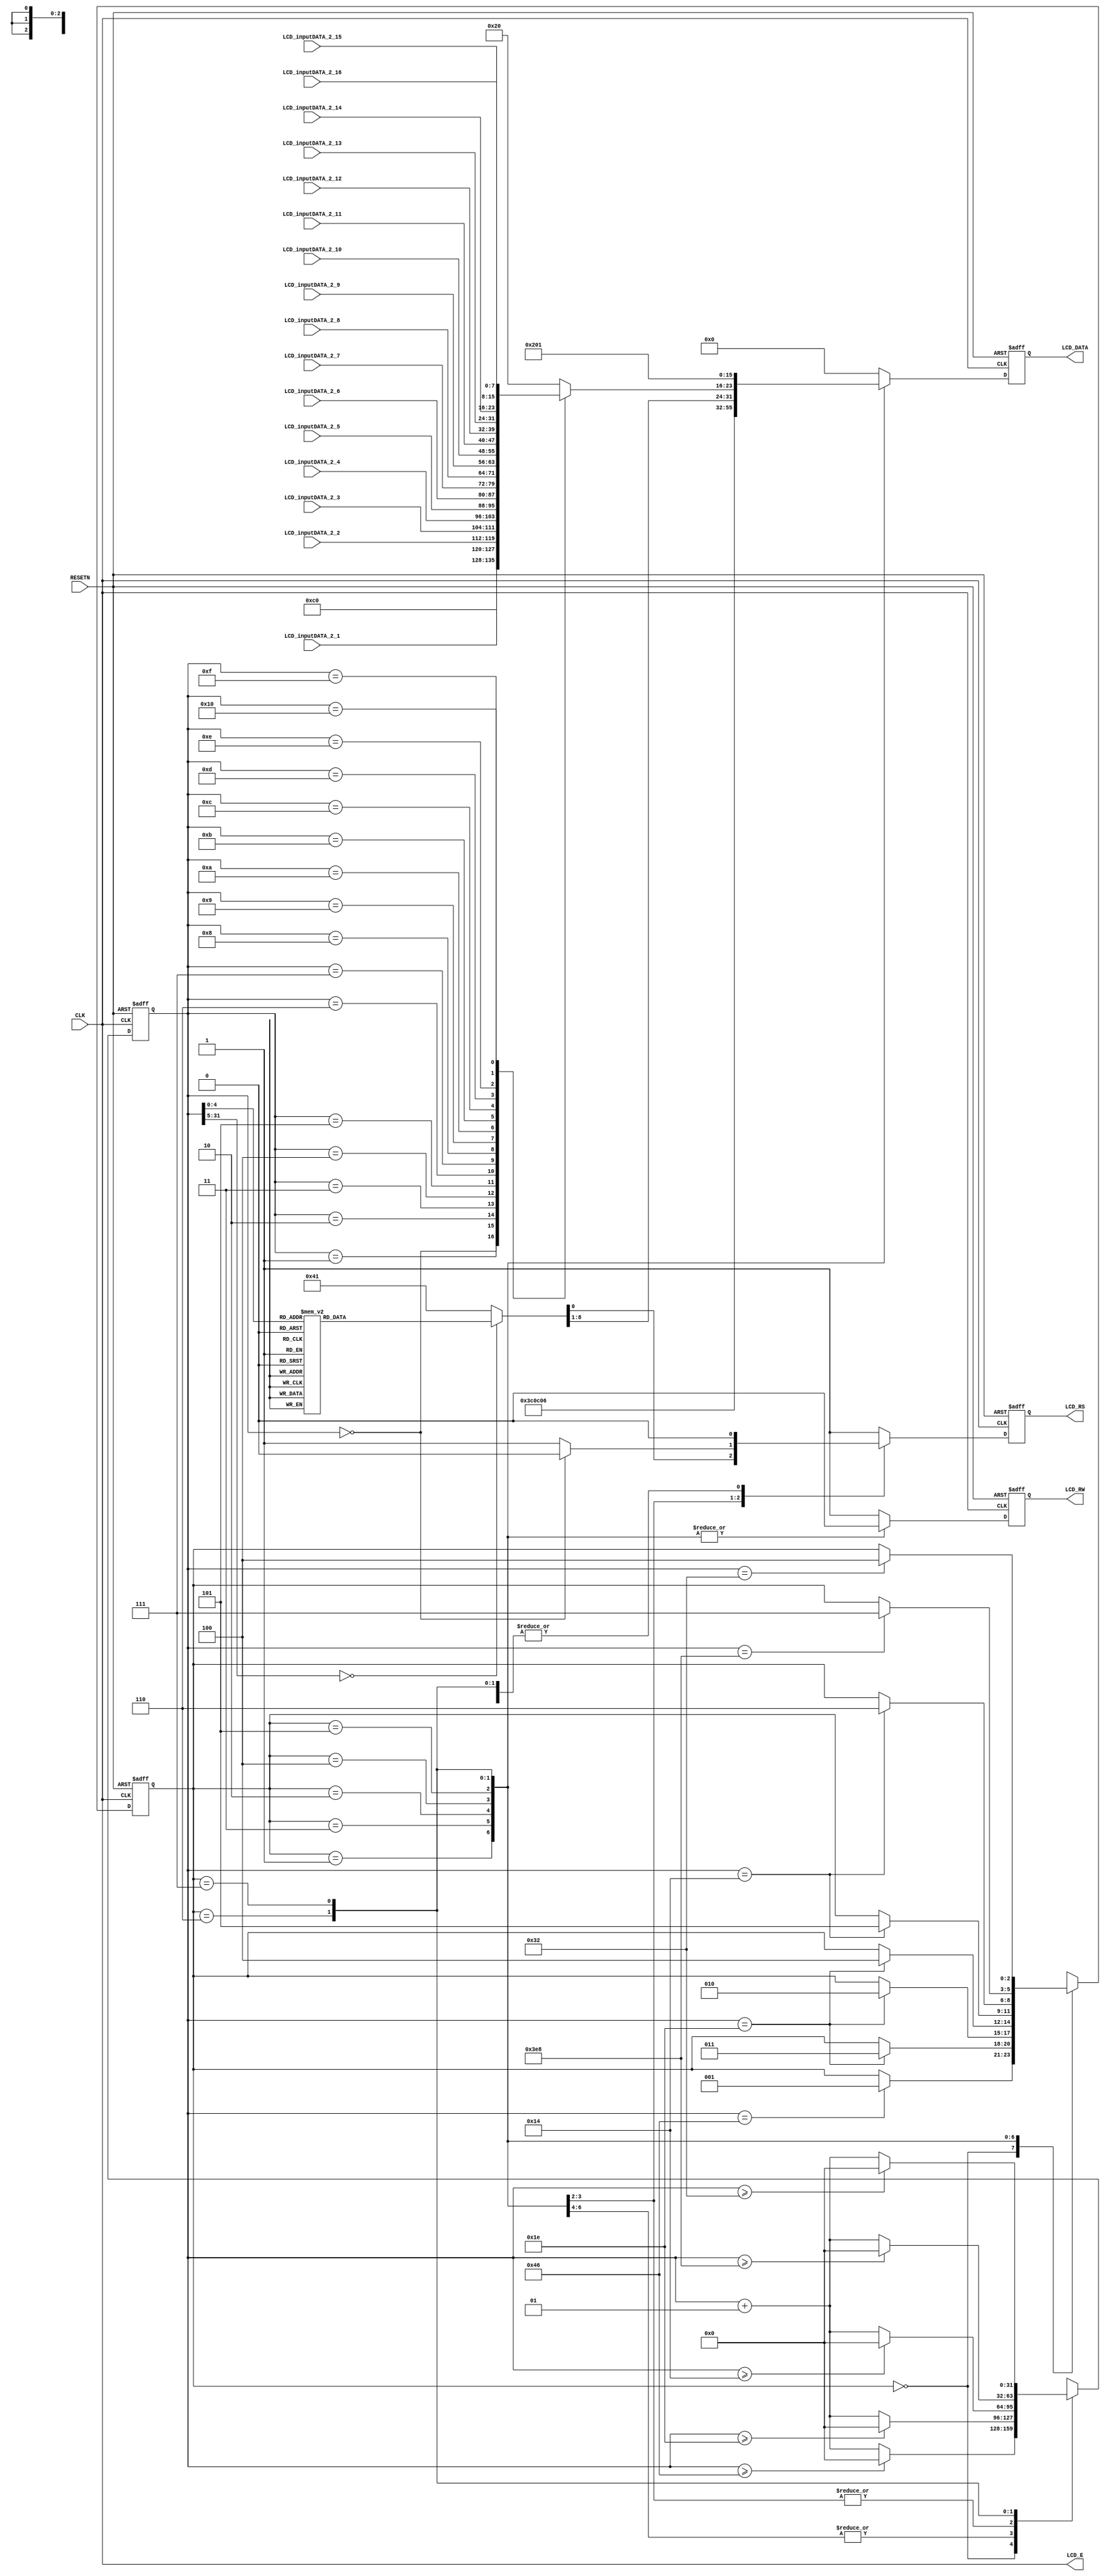
// LCD_InputKey.v

    module LCD_InputKey (
        RESETN, CLK,
        
        LCD_inputDATA_2_1,
        LCD_inputDATA_2_2,
        LCD_inputDATA_2_3,
        LCD_inputDATA_2_4,
        LCD_inputDATA_2_5,
        LCD_inputDATA_2_6,
        LCD_inputDATA_2_7,
        LCD_inputDATA_2_8,
        LCD_inputDATA_2_9,
        LCD_inputDATA_2_10,
        LCD_inputDATA_2_11,
        LCD_inputDATA_2_12,
        LCD_inputDATA_2_13,
        LCD_inputDATA_2_14,
        LCD_inputDATA_2_15,
        LCD_inputDATA_2_16,
        
        LCD_E, LCD_RS, LCD_RW, LCD_DATA );
        
    input RESETN, CLK;

    input [7:0] LCD_inputDATA_2_1;
    input [7:0] LCD_inputDATA_2_2;
    input [7:0] LCD_inputDATA_2_3;
    input [7:0] LCD_inputDATA_2_4;
    input [7:0] LCD_inputDATA_2_5;
    input [7:0] LCD_inputDATA_2_6;
    input [7:0] LCD_inputDATA_2_7;
    input [7:0] LCD_inputDATA_2_8;
    input [7:0] LCD_inputDATA_2_9;
    input [7:0] LCD_inputDATA_2_10;
    input [7:0] LCD_inputDATA_2_11;
    input [7:0] LCD_inputDATA_2_12;
    input [7:0] LCD_inputDATA_2_13;
    input [7:0] LCD_inputDATA_2_14;
    input [7:0] LCD_inputDATA_2_15;
    input [7:0] LCD_inputDATA_2_16;
    
    
    output LCD_E, LCD_RS, LCD_RW;
    output [7:0] LCD_DATA;
    
    wire LCD_E;
    reg LCD_RS, LCD_RW;
    reg [7:0] LCD_DATA;
    reg [2:0] STATE;
    parameter DELAY = 3'b000,   FUNCTION_SET = 3'b001,
        ENTRY_MODE = 3'b010,    DISP_ONOFF = 3'b011,
        LINE1 = 3'b100,         LINE2 = 3'b101,
        DELAY_T = 3'b110,       CLEAR_DISP = 3'b111;
        
    integer CNT;
    
    always @(posedge RESETN or posedge CLK)
    begin
        if (RESETN) STATE = DELAY;
        else
            begin
                case (STATE)
                    DELAY :         if (CNT == 70) STATE = FUNCTION_SET;
                    FUNCTION_SET :  if (CNT == 30) STATE = DISP_ONOFF;
                    DISP_ONOFF :    if (CNT == 30) STATE = ENTRY_MODE;
                    ENTRY_MODE :    if (CNT == 30) STATE = LINE1;
                    LINE1 :         if (CNT == 20) STATE = LINE2;
                    LINE2 :         if (CNT == 20) STATE = DELAY_T;
                    DELAY_T :       if (CNT == 1000) STATE = CLEAR_DISP;
                    CLEAR_DISP :    if (CNT == 50) STATE = LINE1;
                    default :       STATE = DELAY;
                endcase
        end
    end
        
    always @(posedge RESETN or posedge CLK)
    begin
        if (RESETN) CNT = 0;
        else
            begin
                case (STATE)
                    DELAY : if (CNT >= 70) CNT = 0;
                            else CNT = CNT + 1;
                    FUNCTION_SET :  if (CNT >= 30) CNT = 0;
                                    else CNT = CNT + 1;
                    DISP_ONOFF :    if (CNT >= 30) CNT = 0;
                                    else CNT = CNT + 1;
                    ENTRY_MODE :    if (CNT >= 30) CNT = 0;
                                    else CNT = CNT + 1;
                    LINE1 :         if (CNT >= 20) CNT = 0;
                                    else CNT = CNT + 1;
                    LINE2 :         if (CNT >= 20) CNT = 0;
                                    else CNT = CNT + 1;
                    DELAY_T :       if (CNT >= 1000) CNT = 0;
                                    else CNT = CNT + 1;
                    CLEAR_DISP :    if (CNT >= 50) CNT = 0;
                                    else CNT = CNT + 1;
                    default :       CNT = 0;
                endcase
        end
    end


    always @(posedge RESETN or posedge CLK)
    begin
        if (RESETN) begin
            LCD_RS = 1'b1;
            LCD_RW = 1'b1;
            LCD_DATA = 8'b00000000;
            end
        else begin
                case (STATE)
                    FUNCTION_SET : begin
                        LCD_RS = 1'b0; LCD_RW = 1'b0;
                        LCD_DATA = 8'b00111100;
                        end
                    DISP_ONOFF : begin
                        LCD_RS = 1'b0; LCD_RW = 1'b0;
                        LCD_DATA = 8'b00001100;
                        end
                    ENTRY_MODE : begin
                        LCD_RS = 1'b0; LCD_RW = 1'b0;
                        LCD_DATA = 8'b00000110;
                        end
                    LINE1 : begin
                        LCD_RW = 1'b0;
                        
                        case (CNT)
                            0 : begin
                                LCD_RS = 1'b0; LCD_DATA = 8'b11000000;
                                end
                            1 : begin
                                LCD_RS = 1'b1; LCD_DATA = 8'b00100000; //
                                end
                            2 : begin
                                LCD_RS = 1'b1; LCD_DATA = 8'b00100000; //
                                end
                            3 : begin
                                LCD_RS = 1'b1; LCD_DATA = 8'b00100000; //
                                end
                            4 : begin
                                LCD_RS = 1'b1; LCD_DATA = 8'b01001001; // I
                                end
                            5 : begin
                                LCD_RS = 1'b1; LCD_DATA = 8'b01001110; // N
                                end
                            6 : begin
                                LCD_RS = 1'b1; LCD_DATA = 8'b01010000; // P
                                end
                            7 : begin
                                LCD_RS = 1'b1; LCD_DATA = 8'b01010101; // U
                                end
                            8 : begin
                                LCD_RS = 1'b1; LCD_DATA = 8'b01010100; // T
                                end
                            9 : begin
                                LCD_RS = 1'b1; LCD_DATA = 8'b00100000; //
                                end
                            10 : begin
                                LCD_RS = 1'b1; LCD_DATA = 8'b01001011; // K
                                end
                            11 : begin
                                LCD_RS = 1'b1; LCD_DATA = 8'b01000101; // E
                                end
                            12 : begin
                                LCD_RS = 1'b1; LCD_DATA = 8'b01011001; // Y
                                end
                            13 : begin
                                LCD_RS = 1'b1; LCD_DATA = 8'b00100000; //
                                end
                            14 : begin
                                LCD_RS = 1'b1; LCD_DATA = 8'b00100000; //
                                end
                            15 : begin
                                LCD_RS = 1'b1; LCD_DATA = 8'b00100000; //
                                end
                            16 : begin
                                LCD_RS = 1'b1; LCD_DATA = 8'b00100000; //
                                end
                            default : begin
                                LCD_RS = 1'b1; LCD_DATA = 8'b00100000;
                                end
                            endcase
                        end
                    LINE2 : begin
                    
                        LCD_RW = 1'b0;
                        
                        case (CNT)
                            0 : begin
                                LCD_RS = 1'b0; LCD_DATA = 8'b11000000;
                                end
                            1 : begin
                                LCD_RS = 1'b1; LCD_DATA = LCD_inputDATA_2_1; // T
                                end
                            2 : begin
                                LCD_RS = 1'b1; LCD_DATA = LCD_inputDATA_2_2; // E
                                end
                            3 : begin
                                LCD_RS = 1'b1; LCD_DATA = LCD_inputDATA_2_3; // X
                                end
                            4 : begin
                                LCD_RS = 1'b1; LCD_DATA = LCD_inputDATA_2_4; // T
                                end
                            5 : begin
                                LCD_RS = 1'b1; LCD_DATA = LCD_inputDATA_2_5; //
                                end
                            6 : begin
                                LCD_RS = 1'b1; LCD_DATA = LCD_inputDATA_2_6; // L
                                end
                            7 : begin
                                LCD_RS = 1'b1; LCD_DATA = LCD_inputDATA_2_7; // C
                                end
                            8 : begin
                                LCD_RS = 1'b1; LCD_DATA = LCD_inputDATA_2_8; // D
                                end
                            9 : begin
                                LCD_RS = 1'b1; LCD_DATA = LCD_inputDATA_2_9; //
                                end
                            10 : begin
                                LCD_RS = 1'b1; LCD_DATA = LCD_inputDATA_2_10; // E
                                end
                            11 : begin
                                LCD_RS = 1'b1; LCD_DATA = LCD_inputDATA_2_11; // X
                                end
                            12 : begin
                                LCD_RS = 1'b1; LCD_DATA = LCD_inputDATA_2_12; // A
                                end
                            13 : begin
                                LCD_RS = 1'b1; LCD_DATA = LCD_inputDATA_2_13; // M
                                end
                            14 : begin
                                LCD_RS = 1'b1; LCD_DATA = LCD_inputDATA_2_14; // P
                                end
                            15 : begin
                                LCD_RS = 1'b1; LCD_DATA = LCD_inputDATA_2_15; // L
                                end
                            16 : begin
                                LCD_RS = 1'b1; LCD_DATA = LCD_inputDATA_2_16; // E
                                end
                            default : begin
                                LCD_RS = 1'b1; LCD_DATA = 8'b00100000;
                                end
                            endcase
                        end
                    DELAY_T : begin
                        LCD_RS = 1'b0; LCD_RW = 1'b0;
                        LCD_DATA = 8'b00000010;
                        end
                    CLEAR_DISP : begin
                        LCD_RS = 1'b0; LCD_RW = 1'b0;
                        LCD_DATA = 8'b00000001;
                        end
                    default : begin
                        LCD_RS = 1'b1; LCD_RW = 1'b1;
                        LCD_DATA = 8'b00000000;
                        end
                    endcase
            end
        end

            assign LCD_E = CLK;
            
    endmodule